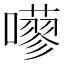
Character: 𡂕